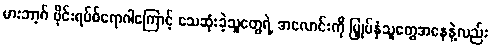
မားဘာ့ဂ် ဗိုင်းရပ်စ်ရောဂါကြောင့် သေဆုံးခဲ့သူတွေရဲ့ အလောင်းကို မြှုပ်နှံသူတွေအနေနဲ့လည်း